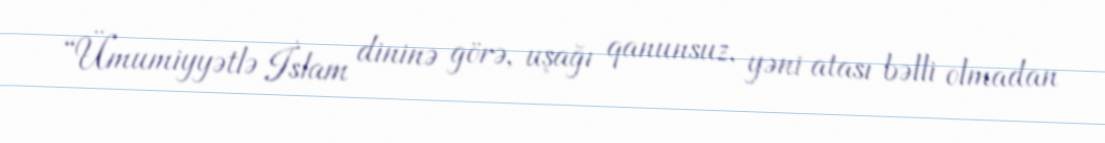
“Ümumiyyətlə İslam dininə görə, uşağı qanunsuz, yəni atası bəlli olmadan